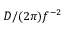
D / ( 2 \pi ) f ^ { - 2 }